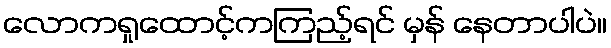
လောကရှုထောင့်ကကြည့်ရင် မှန် နေတာပါပဲ။